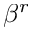
\beta ^ { r }